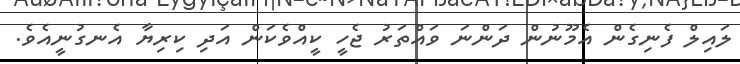
ލައިލް ފެނިގެން އެމޫނުން ދަންނަ ވައްތަރު ޖެހީ ކީއްވެކަން އަދި ކިރިޔާ އެނގުނީއެވެ.